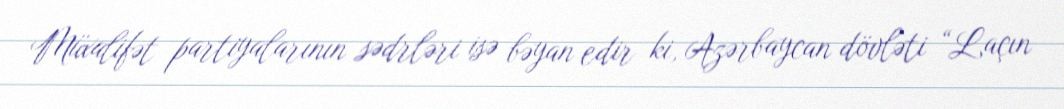
Müxalifət partiyalarının sədrləri isə bəyan edir ki, Azərbaycan dövləti “Laçın